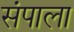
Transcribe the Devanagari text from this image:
संपाला